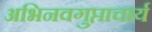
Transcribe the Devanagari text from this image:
अभिनवगुप्ताचार्य